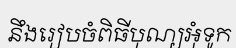
នឹងរៀបចំពិធីបុណ្យអុំទូក